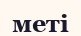
меті